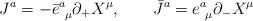
LaTeX: \begin{align*} J^a = - \bar e^a_{~\mu}\partial_{+}X^{\mu},\qquad \bar J^a = e^a_{~\mu}\partial_{-}X^{\mu}\end{align*}